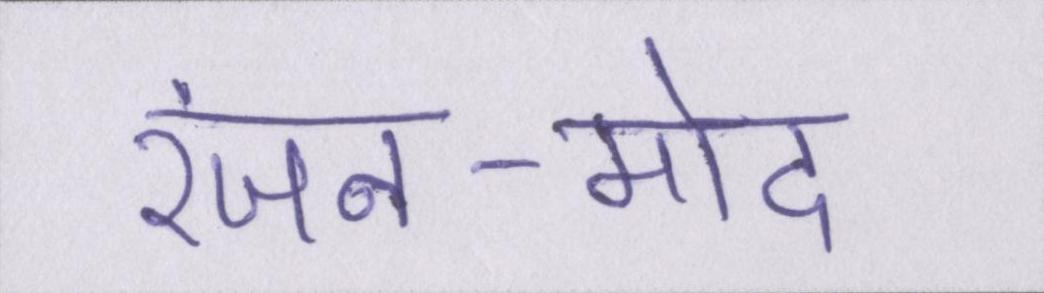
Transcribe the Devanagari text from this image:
रंजन-मोद